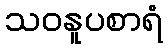
သဝနူပစာရံ